Scottish Leaving Certificate Examination, 1958
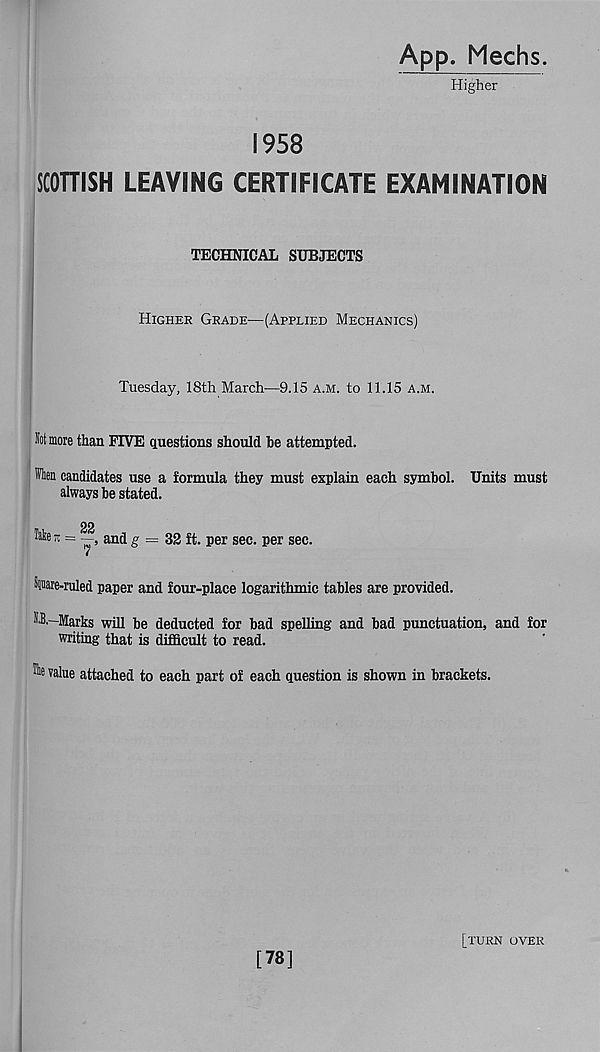
App. Mechs.
Higher
1958
SCOHISH LEAVING CERTIFICATE EXAMINATION
TECHNICAL SUBJECTS
Higher Grade-—(Applied Mechanics)
Tuesday, 18th March—9.15 a.m. to 11.15 A.M.
lot more than FIVE questions should be attempted.
fen candidates use a formula they must explain each symbol. Units must
always be stated.
22
Take tu = —, and g = 32 ft. per sec. per sec.
Sware-ruled paper and four-place logarithmic tables are provided.
Marks will be deducted for bad spelling and bad punctuation, and for
writing that is difficult to read.
value attached to each part of each question is shown in brackets.
[78]
[turn over